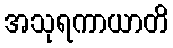
အသုရကာယာတိ